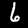
Digit: 6